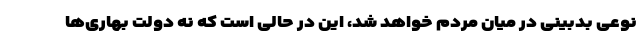
نوعی بدبینی در میان مردم خواهد شد، این در حالی است که نه دولت بهاری‌ها